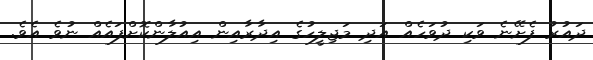
ދައުރު ފެށޭނެ ވަކި ދުވަހެއް އަދި މަޖިލީހުގެ އިދާރާއިން އިއުލާންކޮށްފައެއް ނުވެ އެވެ.